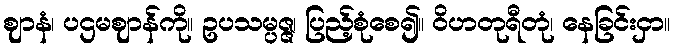
ဈာနံ၊ ပဌမဈာန်ကို။ ဥပသမ္ပဇ္ဇ၊ ပြည့်စုံစေ၍။ ဝိဟတုရီတုံ၊ နေခြင်းငှာ။